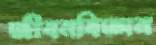
জীবনবিজ্ঞান